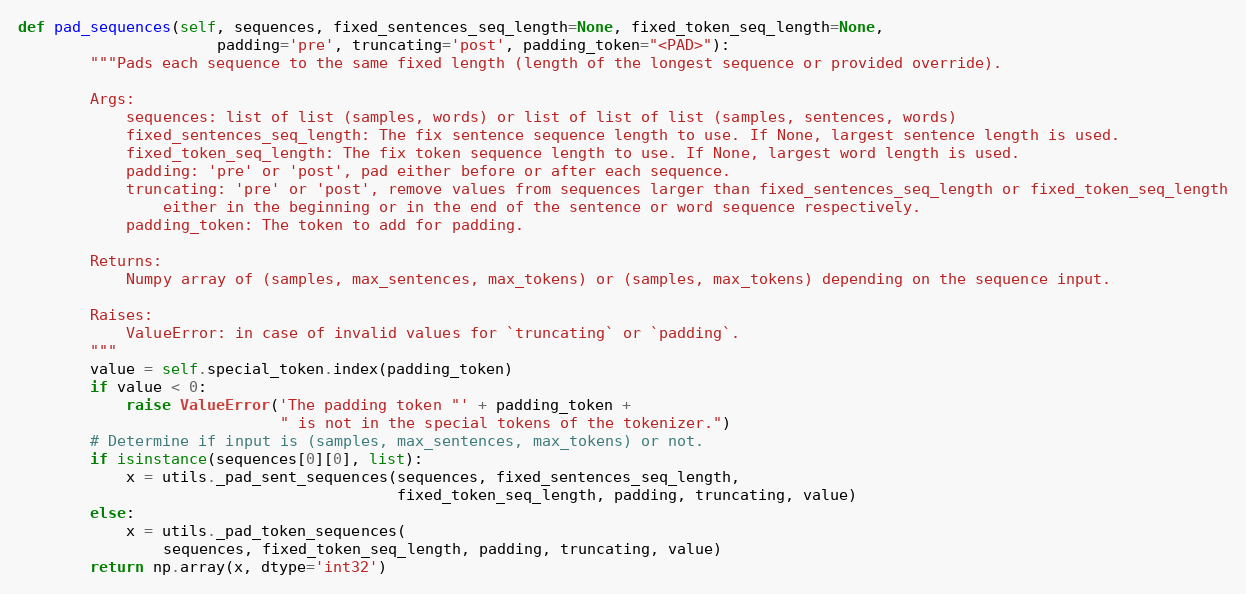
Language: Python
def pad_sequences(self, sequences, fixed_sentences_seq_length=None, fixed_token_seq_length=None,
                      padding='pre', truncating='post', padding_token="<PAD>"):
        """Pads each sequence to the same fixed length (length of the longest sequence or provided override).

        Args:
            sequences: list of list (samples, words) or list of list of list (samples, sentences, words)
            fixed_sentences_seq_length: The fix sentence sequence length to use. If None, largest sentence length is used.
            fixed_token_seq_length: The fix token sequence length to use. If None, largest word length is used.
            padding: 'pre' or 'post', pad either before or after each sequence.
            truncating: 'pre' or 'post', remove values from sequences larger than fixed_sentences_seq_length or fixed_token_seq_length
                either in the beginning or in the end of the sentence or word sequence respectively.
            padding_token: The token to add for padding.

        Returns:
            Numpy array of (samples, max_sentences, max_tokens) or (samples, max_tokens) depending on the sequence input.

        Raises:
            ValueError: in case of invalid values for `truncating` or `padding`.
        """
        value = self.special_token.index(padding_token)
        if value < 0:
            raise ValueError('The padding token "' + padding_token +
                             " is not in the special tokens of the tokenizer.")
        # Determine if input is (samples, max_sentences, max_tokens) or not.
        if isinstance(sequences[0][0], list):
            x = utils._pad_sent_sequences(sequences, fixed_sentences_seq_length,
                                          fixed_token_seq_length, padding, truncating, value)
        else:
            x = utils._pad_token_sequences(
                sequences, fixed_token_seq_length, padding, truncating, value)
        return np.array(x, dtype='int32')